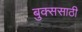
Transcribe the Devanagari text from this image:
बुक्ससाठी